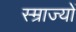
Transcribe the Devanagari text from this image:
स्म्राज्यों